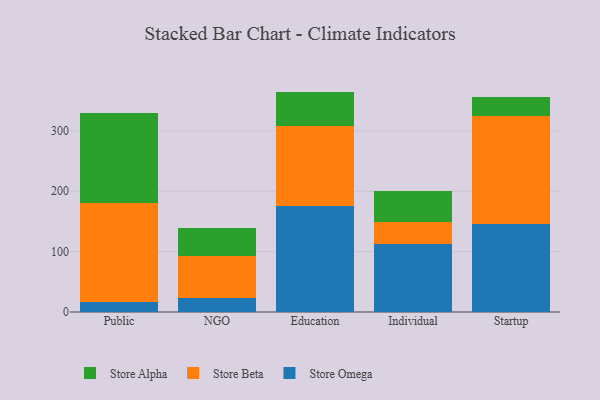
{"axis": {"x": "Segment", "y": "Tickets Resolved"}, "legend": ["Store Alpha", "Store Beta", "Store Omega"], "data": [{"x": "Public", "y": 17.1, "type": "Store Omega"}, {"x": "Public", "y": 163.6, "type": "Store Beta"}, {"x": "Public", "y": 148.3, "type": "Store Alpha"}, {"x": "NGO", "y": 22.5, "type": "Store Omega"}, {"x": "NGO", "y": 70.6, "type": "Store Beta"}, {"x": "NGO", "y": 46.0, "type": "Store Alpha"}, {"x": "Education", "y": 175.9, "type": "Store Omega"}, {"x": "Education", "y": 131.2, "type": "Store Beta"}, {"x": "Education", "y": 57.7, "type": "Store Alpha"}, {"x": "Individual", "y": 113.1, "type": "Store Omega"}, {"x": "Individual", "y": 35.9, "type": "Store Beta"}, {"x": "Individual", "y": 52.1, "type": "Store Alpha"}, {"x": "Startup", "y": 145.5, "type": "Store Omega"}, {"x": "Startup", "y": 178.5, "type": "Store Beta"}, {"x": "Startup", "y": 32.3, "type": "Store Alpha"}]}